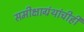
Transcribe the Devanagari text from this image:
समीक्षाग्रंथांचीही